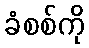
ခံစစ်ကို